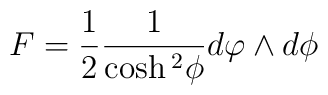
F=\frac{1}{2}\frac{1}{\cosh{^2}{\phi}}d\varphi\wedge d\phi